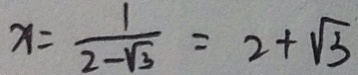
x = \frac { 1 } { 2 - \sqrt { 3 } } = 2 + \sqrt { 3 }